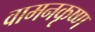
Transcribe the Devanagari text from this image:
वामनकृष्ण